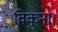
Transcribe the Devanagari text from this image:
विकुना।